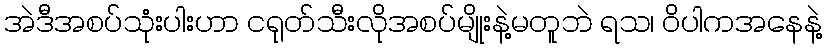
အဲဒီအစပ်သုံးပါးဟာ ငရုတ်သီးလိုအစပ်မျိုးနဲ့မတူဘဲ ရသ၊ ဝိပါကအနေနဲ့